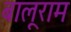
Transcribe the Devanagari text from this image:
बालूराम